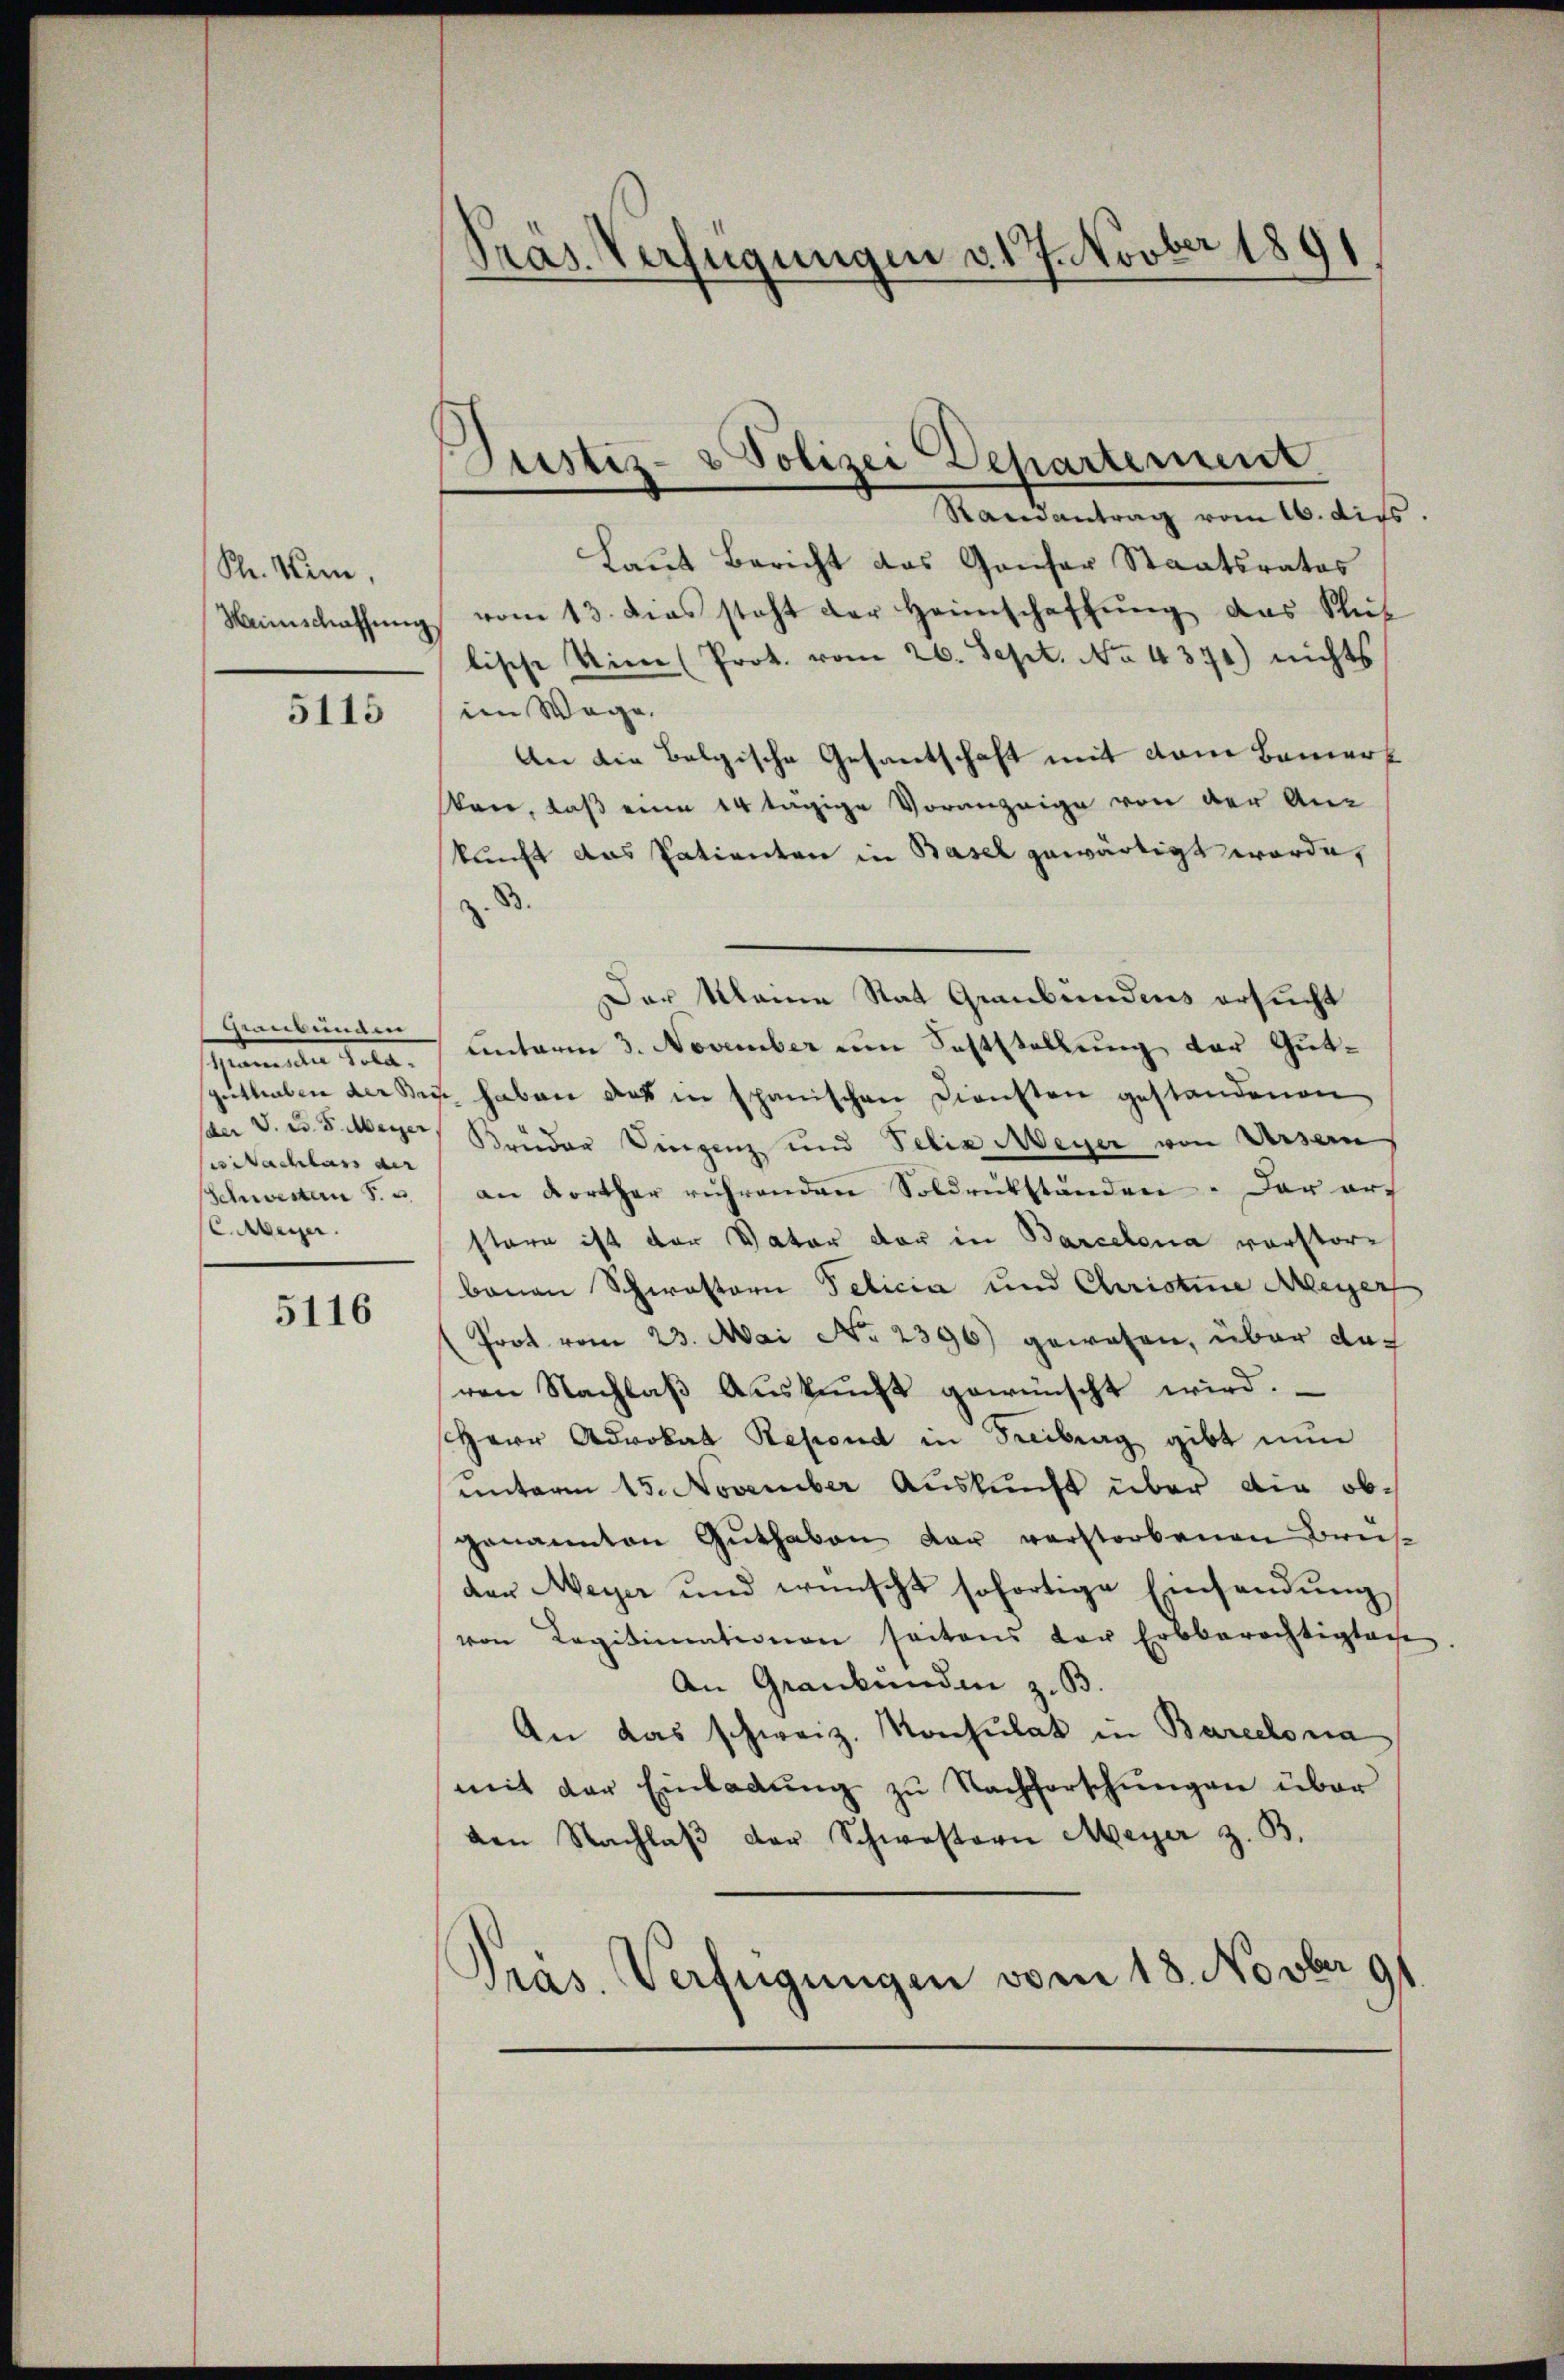
Str. Wein,

5115

Randantrag vom 16. dies
Laut Bericht das Ganser Staatsrates
Neimschaffŭng vom 13. das steht der Heimschaffŭng das Stüt
lische Vin (Prot. vom 26. Sept. No. 4371) nichts
im Wege.
An die Belgische Gesantschaft mit dem Bemerf
ten, daß eine 14 tägige Voranzeige von der An-
kunft das Patienten in Basel gewärtigt worde,
z. B.
Der Kleine Rat Graubündens ersucht
Grmste Tola. Unterm 3. November um Feststellung der Gutspütterben der Bey haben das in spanischen Diensten gestandenen
u v. u. s. Meyer, Brüder Dingenz und Felix Meyer von Ursern,
Schwesten S. u. an dorther rührenden Soldrükständen. Der auf
stare ist der Vater der in Barcelena verstorbauen Schwestern Telicia und Christine Meyer
(Prot. vom 23. Mai No 2396) gewesen, über doch
ren Nachlaß Auskunft gewünscht wird.
Herr Advokat Refond in Freiburg gibt nun
unterm 15. November Auskunft über die obgenannten Guthaben der verstorbenen Brus-
der Meyer und wünscht sofortige Einsendung
von Legitimationen seitens der Erbberechtigtage
An Grankunden z. B
An das schweiz. Konsulat in Barcelona
mit der Einladŭng zu Nachforschŭngen über
den Nachlaβ der Schwestern Meyer z. B.
Präs. Verfügungen vom 18. Novber 91

invenann
ses Sachbars der
Aeger.

5116

Präs. Verfügungen v. 17. Novber 1891

Justiz- & Polizei Departement